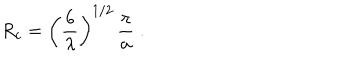
LaTeX: R _ { c } = \left( \frac { 6 } { \lambda } \right) ^ { 1 / 2 } \, \frac { \pi } { a } \; .